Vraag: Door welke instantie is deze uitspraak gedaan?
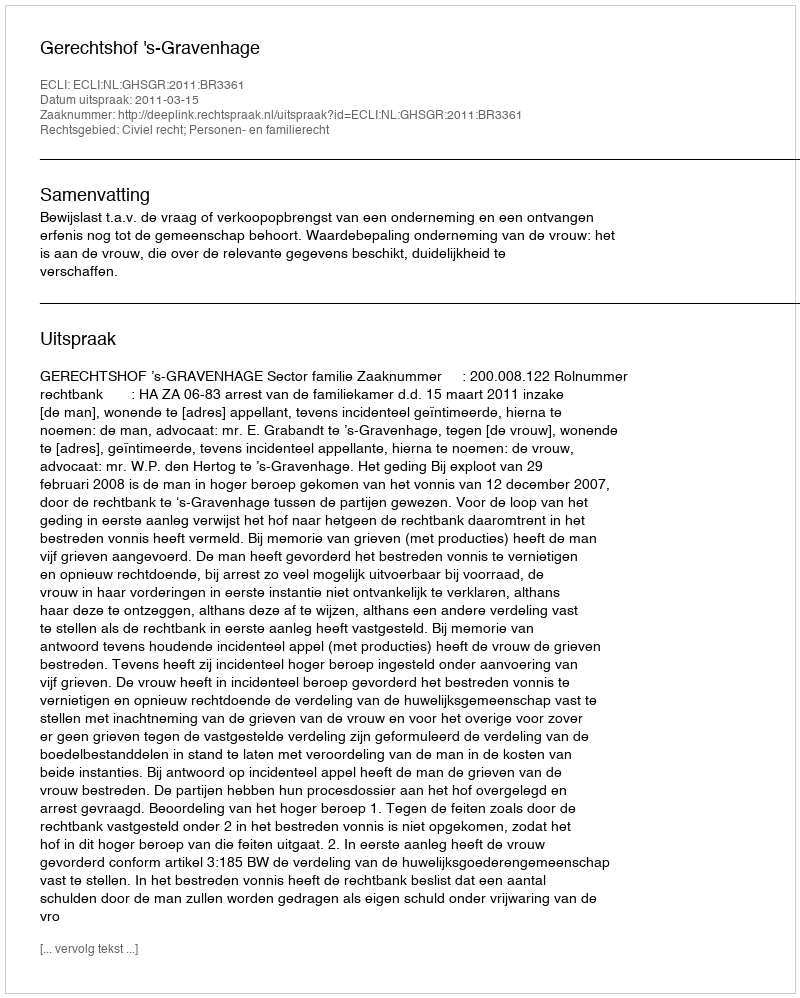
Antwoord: Gerechtshof 's-Gravenhage